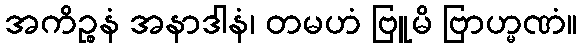
အကိဉ္စနံ အနာဒါနံ၊ တမဟံ ဗြူမိ ဗြာဟ္မဏံ။